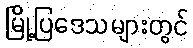
မြို့ပြဒေသများတွင်